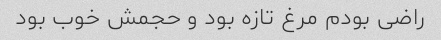
راضی بودم مرغ تازه بود و حجمش خوب بود